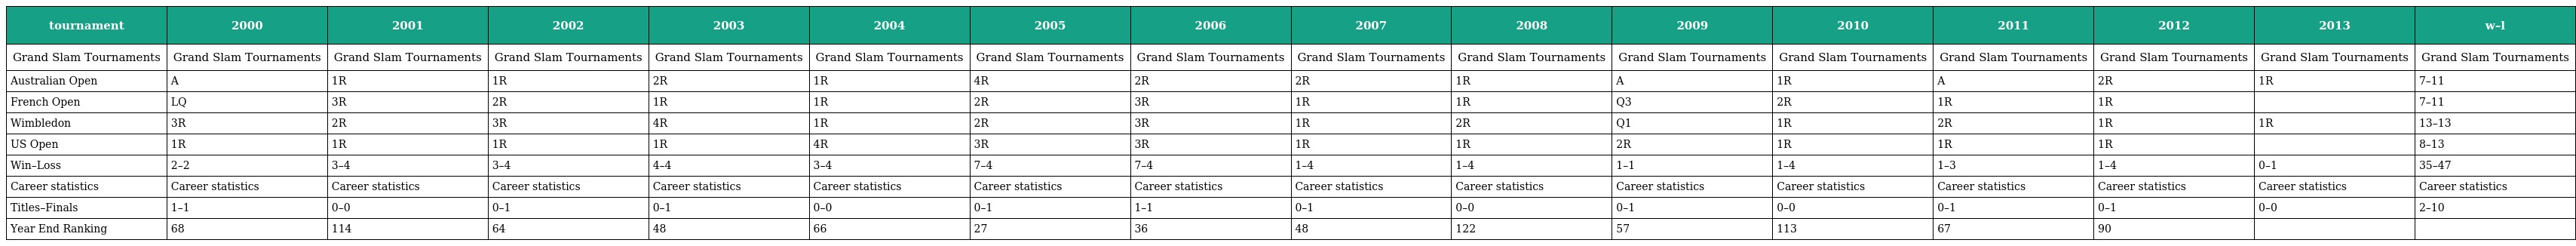
| tournament | 2000 | 2001 | 2002 | 2003 | 2004 | 2005 | 2006 | 2007 | 2008 | 2009 | 2010 | 2011 | 2012 | 2013 | w–l |
 | --- | --- | --- | --- | --- | --- | --- | --- | --- | --- | --- | --- | --- | --- | --- | --- |
 | Grand Slam Tournaments | Grand Slam Tournaments | Grand Slam Tournaments | Grand Slam Tournaments | Grand Slam Tournaments | Grand Slam Tournaments | Grand Slam Tournaments | Grand Slam Tournaments | Grand Slam Tournaments | Grand Slam Tournaments | Grand Slam Tournaments | Grand Slam Tournaments | Grand Slam Tournaments | Grand Slam Tournaments | Grand Slam Tournaments | Grand Slam Tournaments |
 | Australian Open | A | 1R | 1R | 2R | 1R | 4R | 2R | 2R | 1R | A | 1R | A | 2R | 1R | 7–11 |
 | French Open | LQ | 3R | 2R | 1R | 1R | 2R | 3R | 1R | 1R | Q3 | 2R | 1R | 1R |  | 7–11 |
 | Wimbledon | 3R | 2R | 3R | 4R | 1R | 2R | 3R | 1R | 2R | Q1 | 1R | 2R | 1R | 1R | 13–13 |
 | US Open | 1R | 1R | 1R | 1R | 4R | 3R | 3R | 1R | 1R | 2R | 1R | 1R | 1R |  | 8–13 |
 | Win–Loss | 2–2 | 3–4 | 3–4 | 4–4 | 3–4 | 7–4 | 7–4 | 1–4 | 1–4 | 1–1 | 1–4 | 1–3 | 1–4 | 0–1 | 35–47 |
 | Career statistics | Career statistics | Career statistics | Career statistics | Career statistics | Career statistics | Career statistics | Career statistics | Career statistics | Career statistics | Career statistics | Career statistics | Career statistics | Career statistics | Career statistics | Career statistics |
 | Titles–Finals | 1–1 | 0–0 | 0–1 | 0–1 | 0–0 | 0–1 | 1–1 | 0–1 | 0–0 | 0–1 | 0–0 | 0–1 | 0–1 | 0–0 | 2–10 |
 | Year End Ranking | 68 | 114 | 64 | 48 | 66 | 27 | 36 | 48 | 122 | 57 | 113 | 67 | 90 |  |  |